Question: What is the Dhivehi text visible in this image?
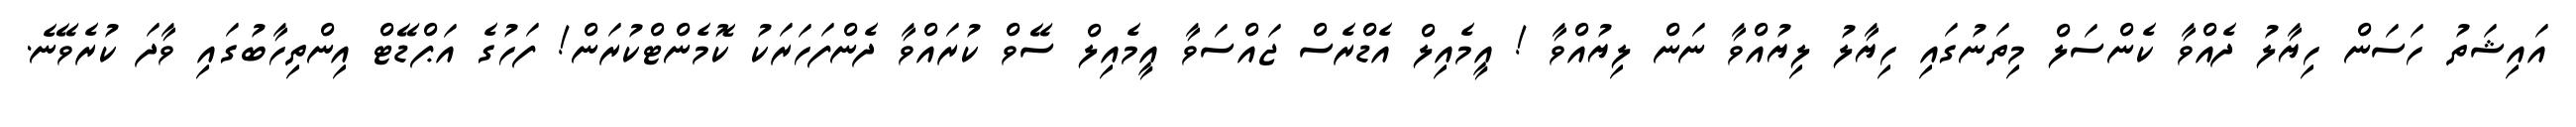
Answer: އައިޝަތު ހަސަން ހިޔާލު ދެއްވާ ކެންސަލް މިތަނުގައި ހިޔާލު ލިޔުއްވާ ނަން ލިޔުއްވާ ! އީމެއިލް އެޑްރެސް ޖައްސަވާ އީމެއިލް ސޭވް ކުރައްވާ ދެންފަހަރަކު ކޮމެންޓްކުރަން! ފަހުގެ އަޕްޑޭޓް އިންތިހާބުގައި ވާދަ ކުރެވޭނެ.